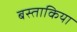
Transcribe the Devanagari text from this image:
बस्ताकिया